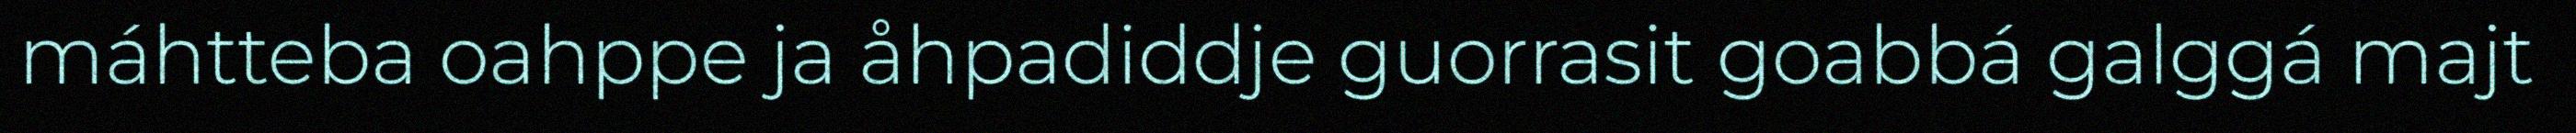
máhtteba oahppe ja åhpadiddje guorrasit goabbá galggá majt